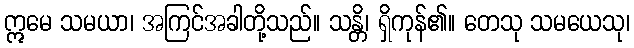
ဣမေ သမယာ၊ အကြင်အခါတို့သည်။ သန္တိ၊ ရှိကုန်၏။ တေသု သမယေသု၊